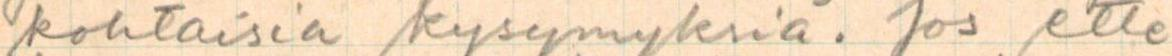
kohtaisia kysymyksiä. Jos ette